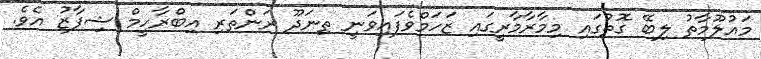
މައުލޫމާތު ލިބޭ ގޮތުގައި މިމާރާމާރީގައި ޒަހަމްވެފައިވަނީ ތިނަދޫ ރަންތަރި އިބްރާހީމް ޝިފާޒު އެވެ.